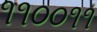
૧૧૦૦૧૧